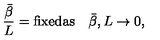
{ \frac { \bar { \beta } } { L } } = \mathrm { f i x e d a s } \quad { \bar { \beta } } , L \rightarrow 0 ,